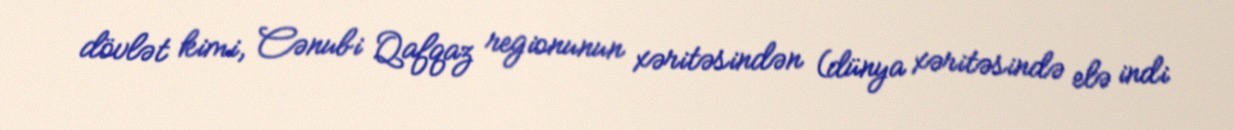
dövlət kimi, Cənubi Qafqaz regionunun xəritəsindən (dünya xəritəsində elə indi